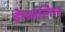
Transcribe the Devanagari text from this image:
हेम्सलिन